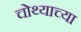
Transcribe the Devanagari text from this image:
चोथ्याच्या